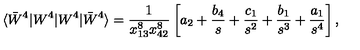
\langle \bar { W } ^ { 4 } | W ^ { 4 } | W ^ { 4 } | \bar { W } ^ { 4 } \rangle = \frac { 1 } { x _ { 1 3 } ^ { 8 } x _ { 4 2 } ^ { 8 } } \left[ a _ { 2 } + \frac { b _ { 4 } } { s } + \frac { c _ { 1 } } { s ^ { 2 } } + \frac { b _ { 1 } } { s ^ { 3 } } + \frac { a _ { 1 } } { s ^ { 4 } } \right] ,